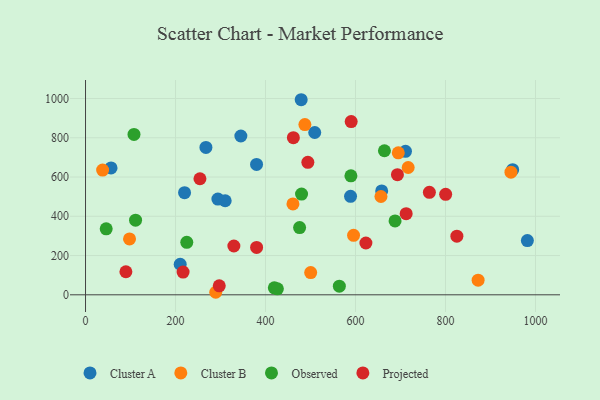
{"axis": {"x": "Speed", "y": "Rating"}, "legend": ["Cluster A", "Cluster B", "Observed", "Projected"], "data": [{"x": "949.3", "y": 637.2, "type": "Cluster A"}, {"x": "589.0", "y": 501.8, "type": "Cluster A"}, {"x": "345.2", "y": 808.9, "type": "Cluster A"}, {"x": "220.1", "y": 520.4, "type": "Cluster A"}, {"x": "479.3", "y": 993.7, "type": "Cluster A"}, {"x": "658.2", "y": 529.4, "type": "Cluster A"}, {"x": "982.0", "y": 276.0, "type": "Cluster A"}, {"x": "56.7", "y": 646.5, "type": "Cluster A"}, {"x": "267.6", "y": 750.8, "type": "Cluster A"}, {"x": "509.4", "y": 826.8, "type": "Cluster A"}, {"x": "711.1", "y": 731.1, "type": "Cluster A"}, {"x": "210.4", "y": 155.6, "type": "Cluster A"}, {"x": "294.2", "y": 487.7, "type": "Cluster A"}, {"x": "310.4", "y": 479.2, "type": "Cluster A"}, {"x": "380.1", "y": 664.3, "type": "Cluster A"}, {"x": "695.1", "y": 723.2, "type": "Cluster B"}, {"x": "289.4", "y": 12.9, "type": "Cluster B"}, {"x": "656.6", "y": 500.8, "type": "Cluster B"}, {"x": "595.7", "y": 303.1, "type": "Cluster B"}, {"x": "461.0", "y": 462.7, "type": "Cluster B"}, {"x": "945.5", "y": 624.5, "type": "Cluster B"}, {"x": "38.0", "y": 635.5, "type": "Cluster B"}, {"x": "97.8", "y": 284.5, "type": "Cluster B"}, {"x": "872.5", "y": 74.5, "type": "Cluster B"}, {"x": "500.4", "y": 113.0, "type": "Cluster B"}, {"x": "487.5", "y": 867.2, "type": "Cluster B"}, {"x": "717.1", "y": 648.4, "type": "Cluster B"}, {"x": "475.8", "y": 342.7, "type": "Observed"}, {"x": "419.6", "y": 35.6, "type": "Observed"}, {"x": "664.3", "y": 733.7, "type": "Observed"}, {"x": "107.7", "y": 816.7, "type": "Observed"}, {"x": "687.9", "y": 376.5, "type": "Observed"}, {"x": "480.1", "y": 513.2, "type": "Observed"}, {"x": "45.9", "y": 336.0, "type": "Observed"}, {"x": "225.0", "y": 267.5, "type": "Observed"}, {"x": "111.2", "y": 380.3, "type": "Observed"}, {"x": "564.1", "y": 44.2, "type": "Observed"}, {"x": "426.4", "y": 30.5, "type": "Observed"}, {"x": "589.8", "y": 606.2, "type": "Observed"}, {"x": "297.2", "y": 45.9, "type": "Projected"}, {"x": "461.9", "y": 800.4, "type": "Projected"}, {"x": "216.8", "y": 115.8, "type": "Projected"}, {"x": "89.7", "y": 117.4, "type": "Projected"}, {"x": "712.6", "y": 413.5, "type": "Projected"}, {"x": "764.2", "y": 522.2, "type": "Projected"}, {"x": "254.3", "y": 591.1, "type": "Projected"}, {"x": "693.2", "y": 611.9, "type": "Projected"}, {"x": "800.4", "y": 512.0, "type": "Projected"}, {"x": "329.7", "y": 248.6, "type": "Projected"}, {"x": "825.3", "y": 298.5, "type": "Projected"}, {"x": "590.4", "y": 882.4, "type": "Projected"}, {"x": "380.2", "y": 241.3, "type": "Projected"}, {"x": "494.1", "y": 674.6, "type": "Projected"}, {"x": "623.1", "y": 264.0, "type": "Projected"}]}